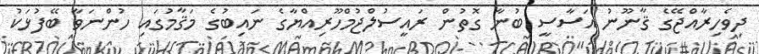
ދިވެހިރާއްޖޭގެ ޤާނޫނު އަސާސީ ބުނާ ގޮތުން ރައީސުލްޖުމްހޫރިއްޔާގެ ނައިބުގެ މަޤާމުގައި ހުންނަވާ ބޭފުޅަކު